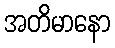
အတိမာနော